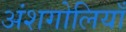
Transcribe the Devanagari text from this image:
अंशगोलियाँ